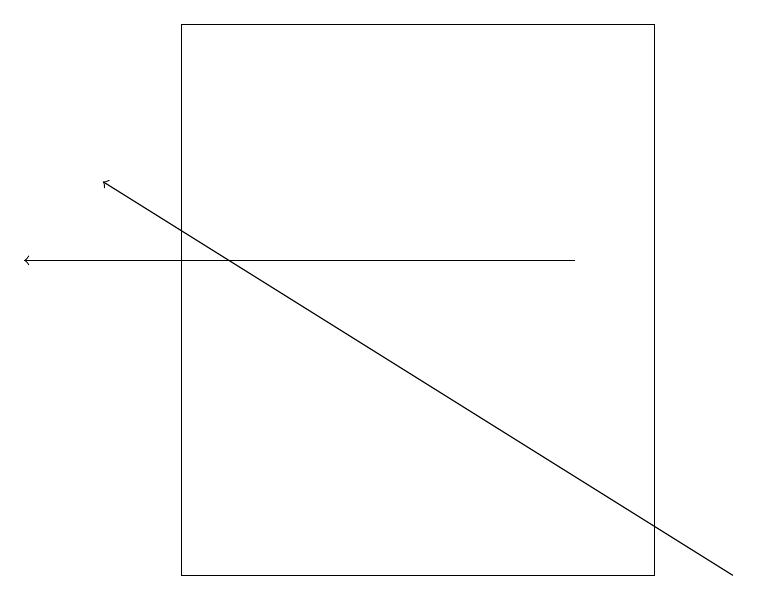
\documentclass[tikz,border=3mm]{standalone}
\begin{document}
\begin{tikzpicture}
\draw[->] (7,15) -- (0,15);
\draw (2,11) rectangle (8,18);
\draw[->] (9,11) -- (1,16);
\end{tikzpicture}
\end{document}